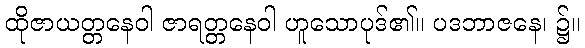
ထိုဇာယတ္တနေဝါ ဇာရတ္တနေဝါ ဟူသောပုဒ်၏။ ပဒဘာဇနေ၊ ၌။